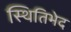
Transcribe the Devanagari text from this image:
स्थितिभेद